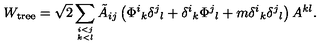
W _ { \mathrm { t r e e } } = \sqrt { 2 } \sum _ { i < j \atop k < l } \tilde { A } _ { i j } \left( \Phi ^ { i } { } _ { k } \delta ^ { j } { } _ { l } + \delta ^ { i } { } _ { k } \Phi ^ { j } { } _ { l } + m \delta ^ { i } { } _ { k } \delta ^ { j } { } _ { l } \right) A ^ { k l } .